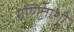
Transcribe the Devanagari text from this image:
गणिताशी